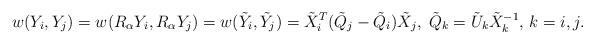
LaTeX: \begin{align*} w(Y_i,Y_j)=w(R_{\alpha}Y_i,R_{\alpha}Y_j)=w(\tilde Y_i,\tilde Y_j)=\tilde X_i^T(\tilde Q_j-\tilde Q_i)\tilde X_j,\;\tilde Q_k=\tilde U_k \tilde X_k^{-1},\,k=i,j. \end{align*}